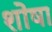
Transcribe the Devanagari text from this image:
शोषा